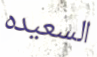
السعيده